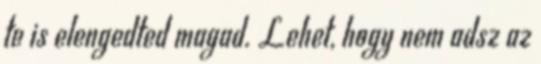
te is elengedted magad. Lehet, hogy nem adsz az